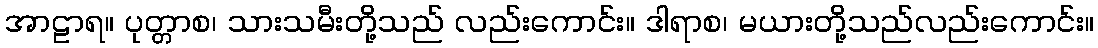
အာဠာရ။ ပုတ္တာစ၊ သားသမီးတို့သည် လည်းကောင်း။ ဒါရာစ၊ မယားတို့သည်လည်းကောင်း။